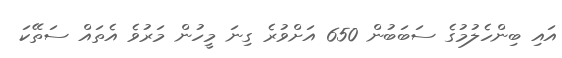
އައި ބިންހެލުމުގެ ސަބަބުން 650 އަށްވުރެ ގިނަ މީހުން މަރުވެ އެތައް ސަތޭކަ